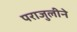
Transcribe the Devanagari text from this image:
पराजुलीने